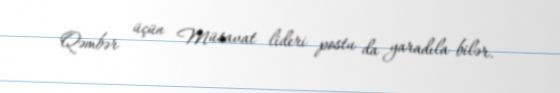
Qəmbər üçün Müsavat lideri postu da yaradıla bilər.